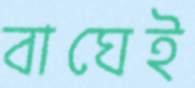
বাঘেই